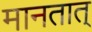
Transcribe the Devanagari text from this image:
मानतात्